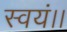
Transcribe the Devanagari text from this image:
स्वयं।।